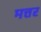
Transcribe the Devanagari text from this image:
मत्तर